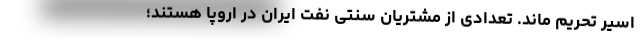
اسیر تحریم ماند. تعدادی از مشتریان سنتی نفت ایران در اروپا هستند؛